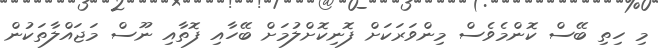
މި ހިތި ބޭސް ކޮންމެވެސް މިންވަރަކަށް ފޮނިކޮށްލުމަށް ބޭހާއި ފޮތާއި ނޫސް މަޖައްލާތަކުން